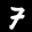
Label: 7